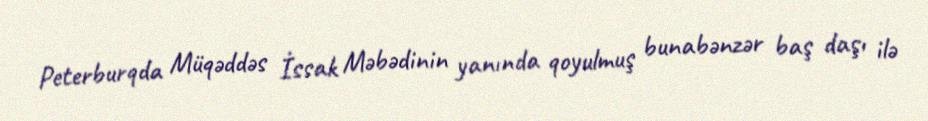
Peterburqda Müqəddəs İssak Məbədinin yanında qoyulmuş bunabənzər baş daşı ilə